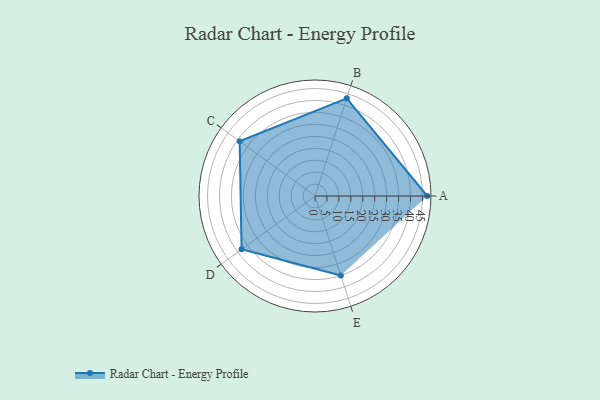
{"axis": {"x": "Skill", "y": "Score"}, "legend": ["Profile"], "data": [{"x": "A", "y": 47.0, "type": "Profile"}, {"x": "B", "y": 43.0, "type": "Profile"}, {"x": "C", "y": 39.0, "type": "Profile"}, {"x": "D", "y": 38.0, "type": "Profile"}, {"x": "E", "y": 35.0, "type": "Profile"}]}